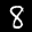
Label: 8